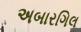
અબારગિલ